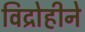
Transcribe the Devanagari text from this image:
विद्रोहीने